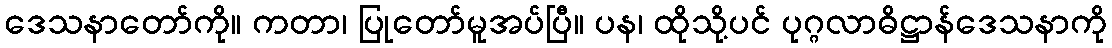
ဒေသနာတော်ကို။ ကတာ၊ ပြုတော်မူအပ်ပြီ။ ပန၊ ထိုသို့ပင် ပုဂ္ဂလာဓိဋ္ဌာန်ဒေသနာကို